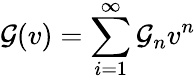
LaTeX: {\cal G}(v)=\sum_{i=1}^{\infty}{\cal G}_{n}v^{n}